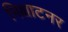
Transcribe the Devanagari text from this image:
भिक्षाटनर